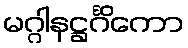
မဂ္ဂါနဋ္ဌင်္ဂိကော